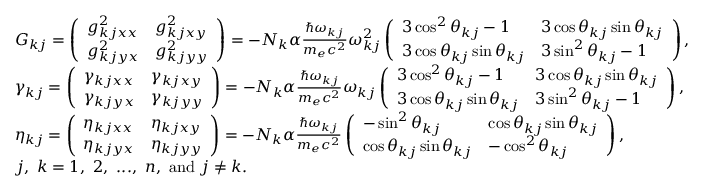
\begin{array} { r l } & { G _ { k j } = \left( \begin{array} { l l } { g _ { k j x x } ^ { 2 } } & { g _ { k j x y } ^ { 2 } } \\ { g _ { k j y x } ^ { 2 } } & { g _ { k j y y } ^ { 2 } } \end{array} \right) = - N _ { k } \alpha \frac { \hbar \omega _ { k j } } { m _ { e } c ^ { 2 } } \omega _ { k j } ^ { 2 } \left( \begin{array} { l l } { 3 \cos ^ { 2 } \theta _ { k j } - 1 } & { 3 \cos \theta _ { k j } \sin \theta _ { k j } } \\ { 3 \cos \theta _ { k j } \sin \theta _ { k j } } & { 3 \sin ^ { 2 } \theta _ { k j } - 1 } \end{array} \right) , } \\ & { \gamma _ { k j } = \left( \begin{array} { l l } { \gamma _ { k j x x } } & { \gamma _ { k j x y } } \\ { \gamma _ { k j y x } } & { \gamma _ { k j y y } } \end{array} \right) = - N _ { k } \alpha \frac { \hbar \omega _ { k j } } { m _ { e } c ^ { 2 } } \omega _ { k j } \left( \begin{array} { l l } { 3 \cos ^ { 2 } \theta _ { k j } - 1 } & { 3 \cos \theta _ { k j } \sin \theta _ { k j } } \\ { 3 \cos \theta _ { k j } \sin \theta _ { k j } } & { 3 \sin ^ { 2 } \theta _ { k j } - 1 } \end{array} \right) , } \\ & { \eta _ { k j } = \left( \begin{array} { l l } { \eta _ { k j x x } } & { \eta _ { k j x y } } \\ { \eta _ { k j y x } } & { \eta _ { k j y y } } \end{array} \right) = - N _ { k } \alpha \frac { \hbar \omega _ { k j } } { m _ { e } c ^ { 2 } } \left( \begin{array} { l l } { - \sin ^ { 2 } \theta _ { k j } } & { \cos \theta _ { k j } \sin \theta _ { k j } } \\ { \cos \theta _ { k j } \sin \theta _ { k j } } & { - \cos ^ { 2 } \theta _ { k j } } \end{array} \right) , } \\ & { j , ~ k = 1 , ~ 2 , ~ . . . , ~ n , ~ \mathrm { a n d } ~ j \neq k . } \end{array}